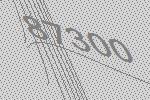
87300